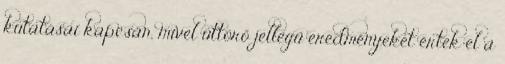
kutatásai kapcsán, mivel úttörő jellegű eredményeket értek el a